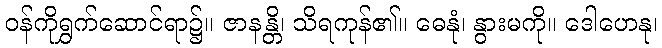
ဝန်ကိုရွှက်ဆောင်ရာ၌။ ဇာနန္တိ၊ သိရကုန်၏။ ဓေနုံ၊ နွားမကို။ ဒေါဟေနု၊